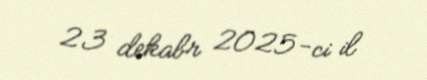
23 dekabr 2025-ci il